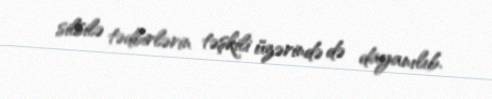
silsilə tədbirlərin təşkili üzərində də dayanılıb.